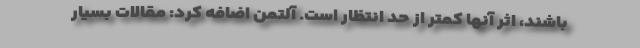
باشند، اثر آنها کمتر از حد انتظار است. آلتمن اضافه کرد: مقالات بسیار